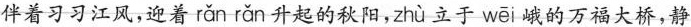
伴着习习江风，迎着 rǎn rǎn 升起的秋阳， zhù 立于 wēi 峨的万福大桥，静